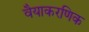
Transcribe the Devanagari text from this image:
वैयाकरणिक